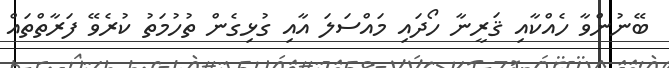
ބޭނުންވާ ހެއްކާއި ޤަރީނާ ހޯދައި މައްސަލަ އާއި ގުޅިގެން ތުހުމަތު ކުރެވޭ ފަރާތްތައް